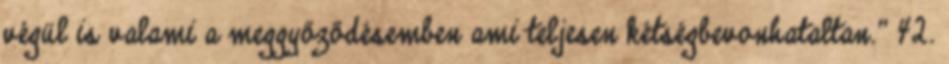
végül is valami a meggyőződésemben ami teljesen kétségbevonhataltan.” 42.